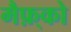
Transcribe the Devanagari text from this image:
मैफ़्को